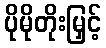
ပိုမိုတိုးမြှင့်